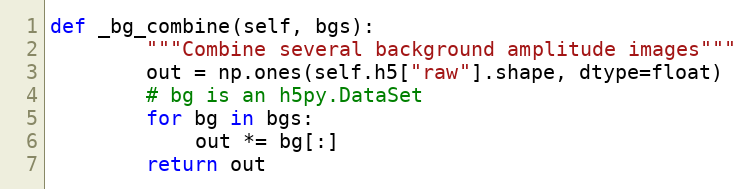
Language: Python
def _bg_combine(self, bgs):
        """Combine several background amplitude images"""
        out = np.ones(self.h5["raw"].shape, dtype=float)
        # bg is an h5py.DataSet
        for bg in bgs:
            out *= bg[:]
        return out